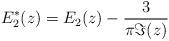
LaTeX: \begin{align*}E_2^*(z)=E_2(z)-\frac{3}{\pi \Im(z)}\end{align*}